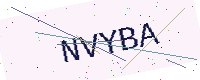
Text: NVYBA